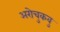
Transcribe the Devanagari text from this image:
अरोचुकवु